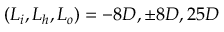
( L _ { i } , L _ { h } , L _ { o } ) = - 8 D , \pm 8 D , 2 5 D